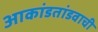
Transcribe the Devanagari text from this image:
आकांडतांडवाची